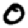
Digit: 0